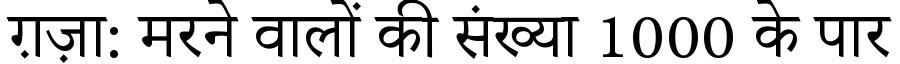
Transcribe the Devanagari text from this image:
ग़ज़ा: मरने वालों की संख्या 1000 के पार